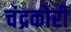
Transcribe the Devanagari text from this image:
चंद्रकोरी